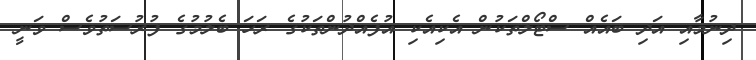
ދިނުމާއި އަދި ބައެއް ސްޓޯލްތަކުން އެކިއެކި އުފެއްދުންތަކުގެ ރަހަ ބެލުމުގެ ފުރުސަތުވެސް ވަނީ